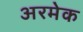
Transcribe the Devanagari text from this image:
अरमेक